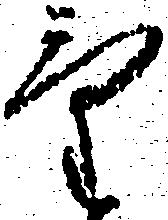
気